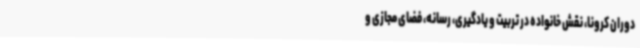
دوران کرونا، نقش خانواده در تربیت و یادگیری، رسانه، فضای مجازی و